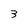
Character: 3